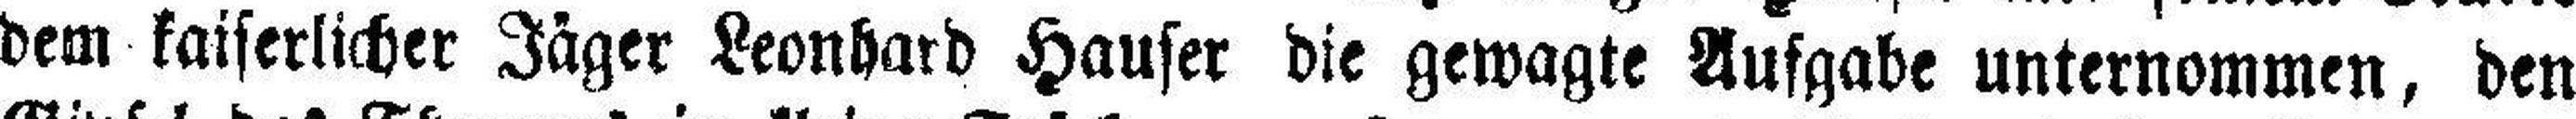
dem kaiserlicher Jäger Leonhard Hauser die gewagte Aufgabe unternommen, den